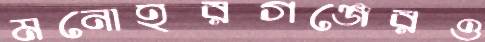
মনোহরগঞ্জেরও